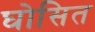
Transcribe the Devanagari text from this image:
घोसित